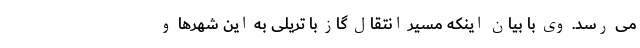
می رسد. وی با بیان اینکه مسیر انتقال گاز با تریلی به این شهرها و